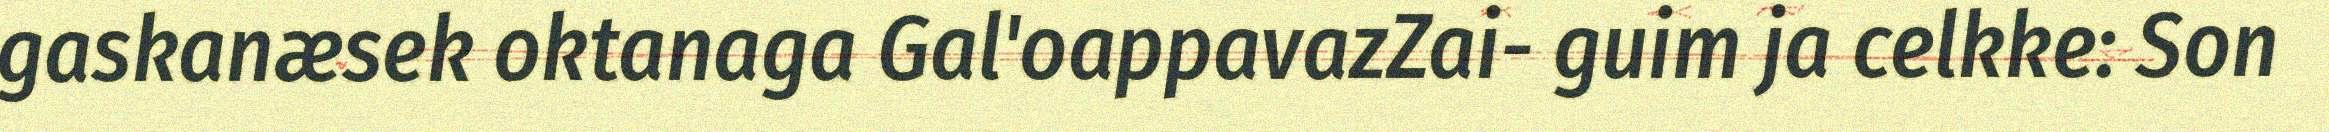
gaskanæsek oktanaga Gal'oappavazZai- guim ja celkke: Son